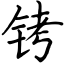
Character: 铐